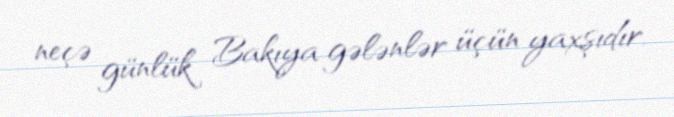
neçə günlük Bakıya gələnlər üçün yaxşıdır.